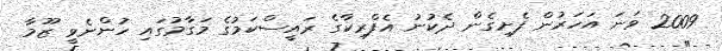
2009 ވަަނަ އަހަރުން ފެށިގެން ދެކުނު އެފްރިކާގެ ރައީސްކަމުގެ މަގާމުގައި ހުންނެވީ ޒޫމާ